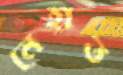
নেহাত